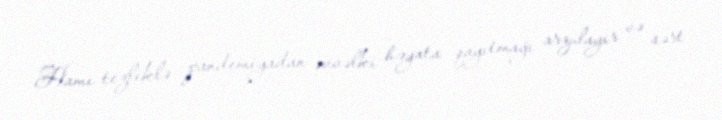
Hamı tezliklə pandemiyadan əvvəlki həyata qayıtmağı arzulayır və sərt